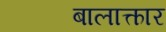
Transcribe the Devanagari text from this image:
बालात्कार